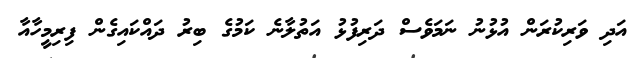
އަދި ވަރިކުރަން އުޅުނު ނަމަވެސް ދަރިފުޅު އަތުލާނެ ކަމުގެ ބިރު ދައްކައިގެން ފިރިމީހާއާ